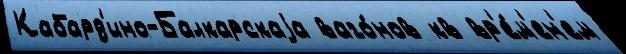
Кабард'ино-Балкарскаjа ваго́нов кв вр'е́м'ен'ем